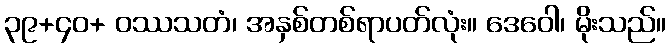
၃၉+၄၀+ ဝဿသတံ၊ အနှစ်တစ်ရာပတ်လုံး။ ဒေဝေါ၊ မိုးသည်။